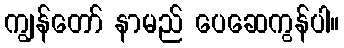
ကျွန်တော် နာမည် ပေဆေကွန်ပါ။